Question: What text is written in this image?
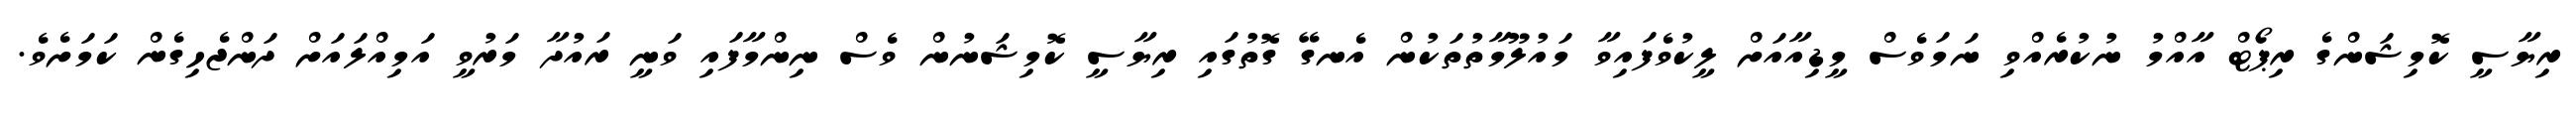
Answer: ރިޔާސީ ކޮމިޝަންގެ ރިޕޯޓް އާއްމު ނުކުރެއްވި ނަމަވެސް މީޑިއާއަށް ލީކުވެފައިވާ މައުލޫމާތުތަކުން އެނގޭ ގޮތުގައި ރިޔާސީ ކޮމިޝަނުން ވެސް ނިންމާފައި ވަނީ ރައުދާ މަރުވީ އަމިއްލައަށް ދަންޖެހިގެން ކަމަށެވެ.